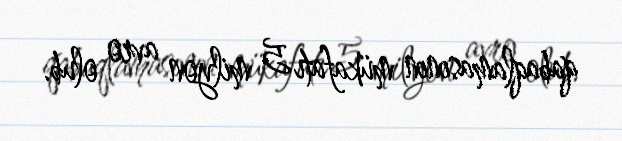
qabaqlamasının mükafatı 5 milyon avro olub.